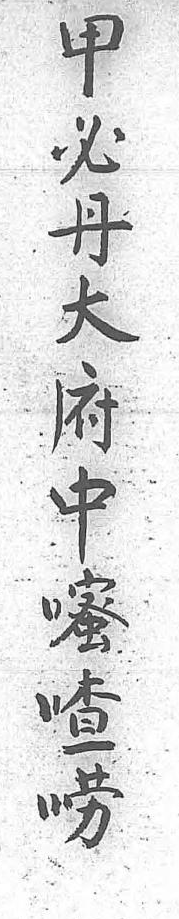
甲必丹大府中嘧喳嘮